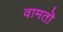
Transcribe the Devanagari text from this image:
वामतॊ